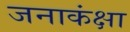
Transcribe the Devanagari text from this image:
जनाकंक्षा